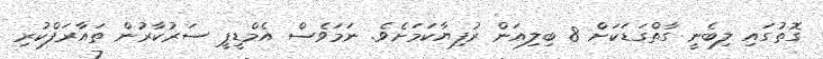
ގޮތުގައި ލިބެނީ ގާތްގަޑަކަށް 8 ބިލިއަން ރުފިޔާކަމަށެވެ. ނަމަވެސް އެމްޑީޕީ ސަރުކާރުން ތައާރަފްކުރި